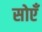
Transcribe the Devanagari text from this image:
सोएँ